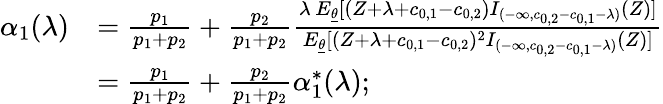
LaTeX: \begin{array}{rl}{\alpha_{1}(\lambda)}&{=\frac{p_{1}}{p_{1}+p_{2}}+\frac{p_{2}}{p_{1}+p_{2}}\frac{\lambda\, E_{\underline{{\theta}}}[(Z+\lambda+c_{0,1}-c_{0,2})I_{(-\infty,c_{0,2}-c_{0,1}-\lambda)}(Z)]}{E_{\underline{{\theta}}}[(Z+\lambda+c_{0,1}-c_{0,2})^{2}I_{(-\infty,c_{0,2}-c_{0,1}-\lambda)}(Z)]}}\\ &{=\frac{p_{1}}{p_{1}+p_{2}}+\frac{p_{2}}{p_{1}+p_{2}}\alpha_{1}^{*}(\lambda);}\end{array}